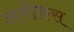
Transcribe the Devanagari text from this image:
अमीकस